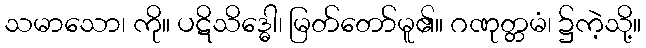
သမာသော၊ ကို။ ပဋိသိဒ္ဓေါ၊ မြတ်တော်မူ၏။ ဂဏုတ္တမံ၊ ၌ကဲ့သို့။